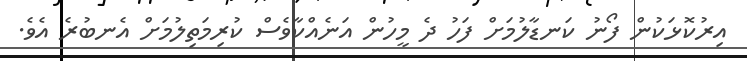
އިރުކޮޅަކުން ފޯނު ކަނޑާލުމަށް ފަހު ދެ މީހުން އަނެއްކާވެސް ކުރިމަތިލުމަށް އެނބުރެ އެވެ.